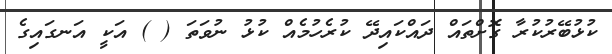
ކުޅުބޭރުކުރާ ގޮށްތައް ދައްކައިދޭ ކުރެހުމެއް ކުޅު ނުވަތަ ( ) އަކީ އަނގައިގެ